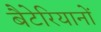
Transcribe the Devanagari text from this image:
बैटेरियानों